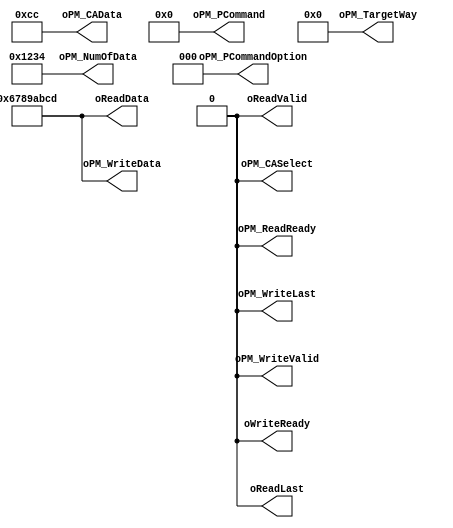
module NPCG_Toggle_bCMD_IDLE
#
(
    parameter NumberOfWays    =   4
)
(
    oWriteReady             ,
    oReadData               ,
    oReadLast               ,
    oReadValid              ,
    oPM_PCommand            ,
    oPM_PCommandOption      ,
    oPM_TargetWay           ,
    oPM_NumOfData           ,
    oPM_CASelect            ,
    oPM_CAData              ,
    oPM_WriteData           ,
    oPM_WriteLast           ,
    oPM_WriteValid          ,
    oPM_ReadReady           
);
    output                          oWriteReady             ;
    output  [31:0]                  oReadData               ;
    output                          oReadLast               ;
    output                          oReadValid              ;
    output  [7:0]                   oPM_PCommand            ;
    output  [2:0]                   oPM_PCommandOption      ;
    output  [NumberOfWays - 1:0]    oPM_TargetWay           ;
    output  [15:0]                  oPM_NumOfData           ;
    output                          oPM_CASelect            ;
    output  [7:0]                   oPM_CAData              ;
    output  [31:0]                  oPM_WriteData           ;
    output                          oPM_WriteLast           ;
    output                          oPM_WriteValid          ;
    output                          oPM_ReadReady           ;
    
    // Output
    // Dispatcher Interface
    //  - Data Write Channel
    assign oWriteReady = 1'b0;
    
    //  - Data Read Channel
    assign oReadData[31:0] = 32'h6789_ABCD;
    assign oReadLast = 1'b0;
    assign oReadValid = 1'b0;
    
    // NPCG_Toggle Interface
    assign oPM_PCommand[7:0] = 8'b0000_0000;
    assign oPM_PCommandOption[2:0] = 3'b000;
    assign oPM_TargetWay[NumberOfWays - 1:0] = 4'b0000;
    assign oPM_NumOfData[15:0] = 16'h1234;
    
    assign oPM_CASelect = 1'b0;
    assign oPM_CAData[7:0] = 8'hCC;
    
    assign oPM_WriteData[31:0] = 32'h6789_ABCD;
    assign oPM_WriteLast = 1'b0;
    assign oPM_WriteValid = 1'b0;
    
    assign oPM_ReadReady = 1'b0;
    
endmodule